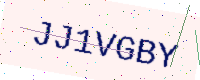
Text: JJ1VGBY